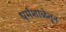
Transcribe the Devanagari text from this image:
धर्मशाळेतून